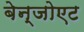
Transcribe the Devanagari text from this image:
बेन्जोएट